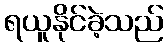
ရယူနိုင်ခဲ့သည်